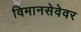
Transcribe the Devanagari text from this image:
विमानसेवेवर